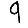
Digit: 9